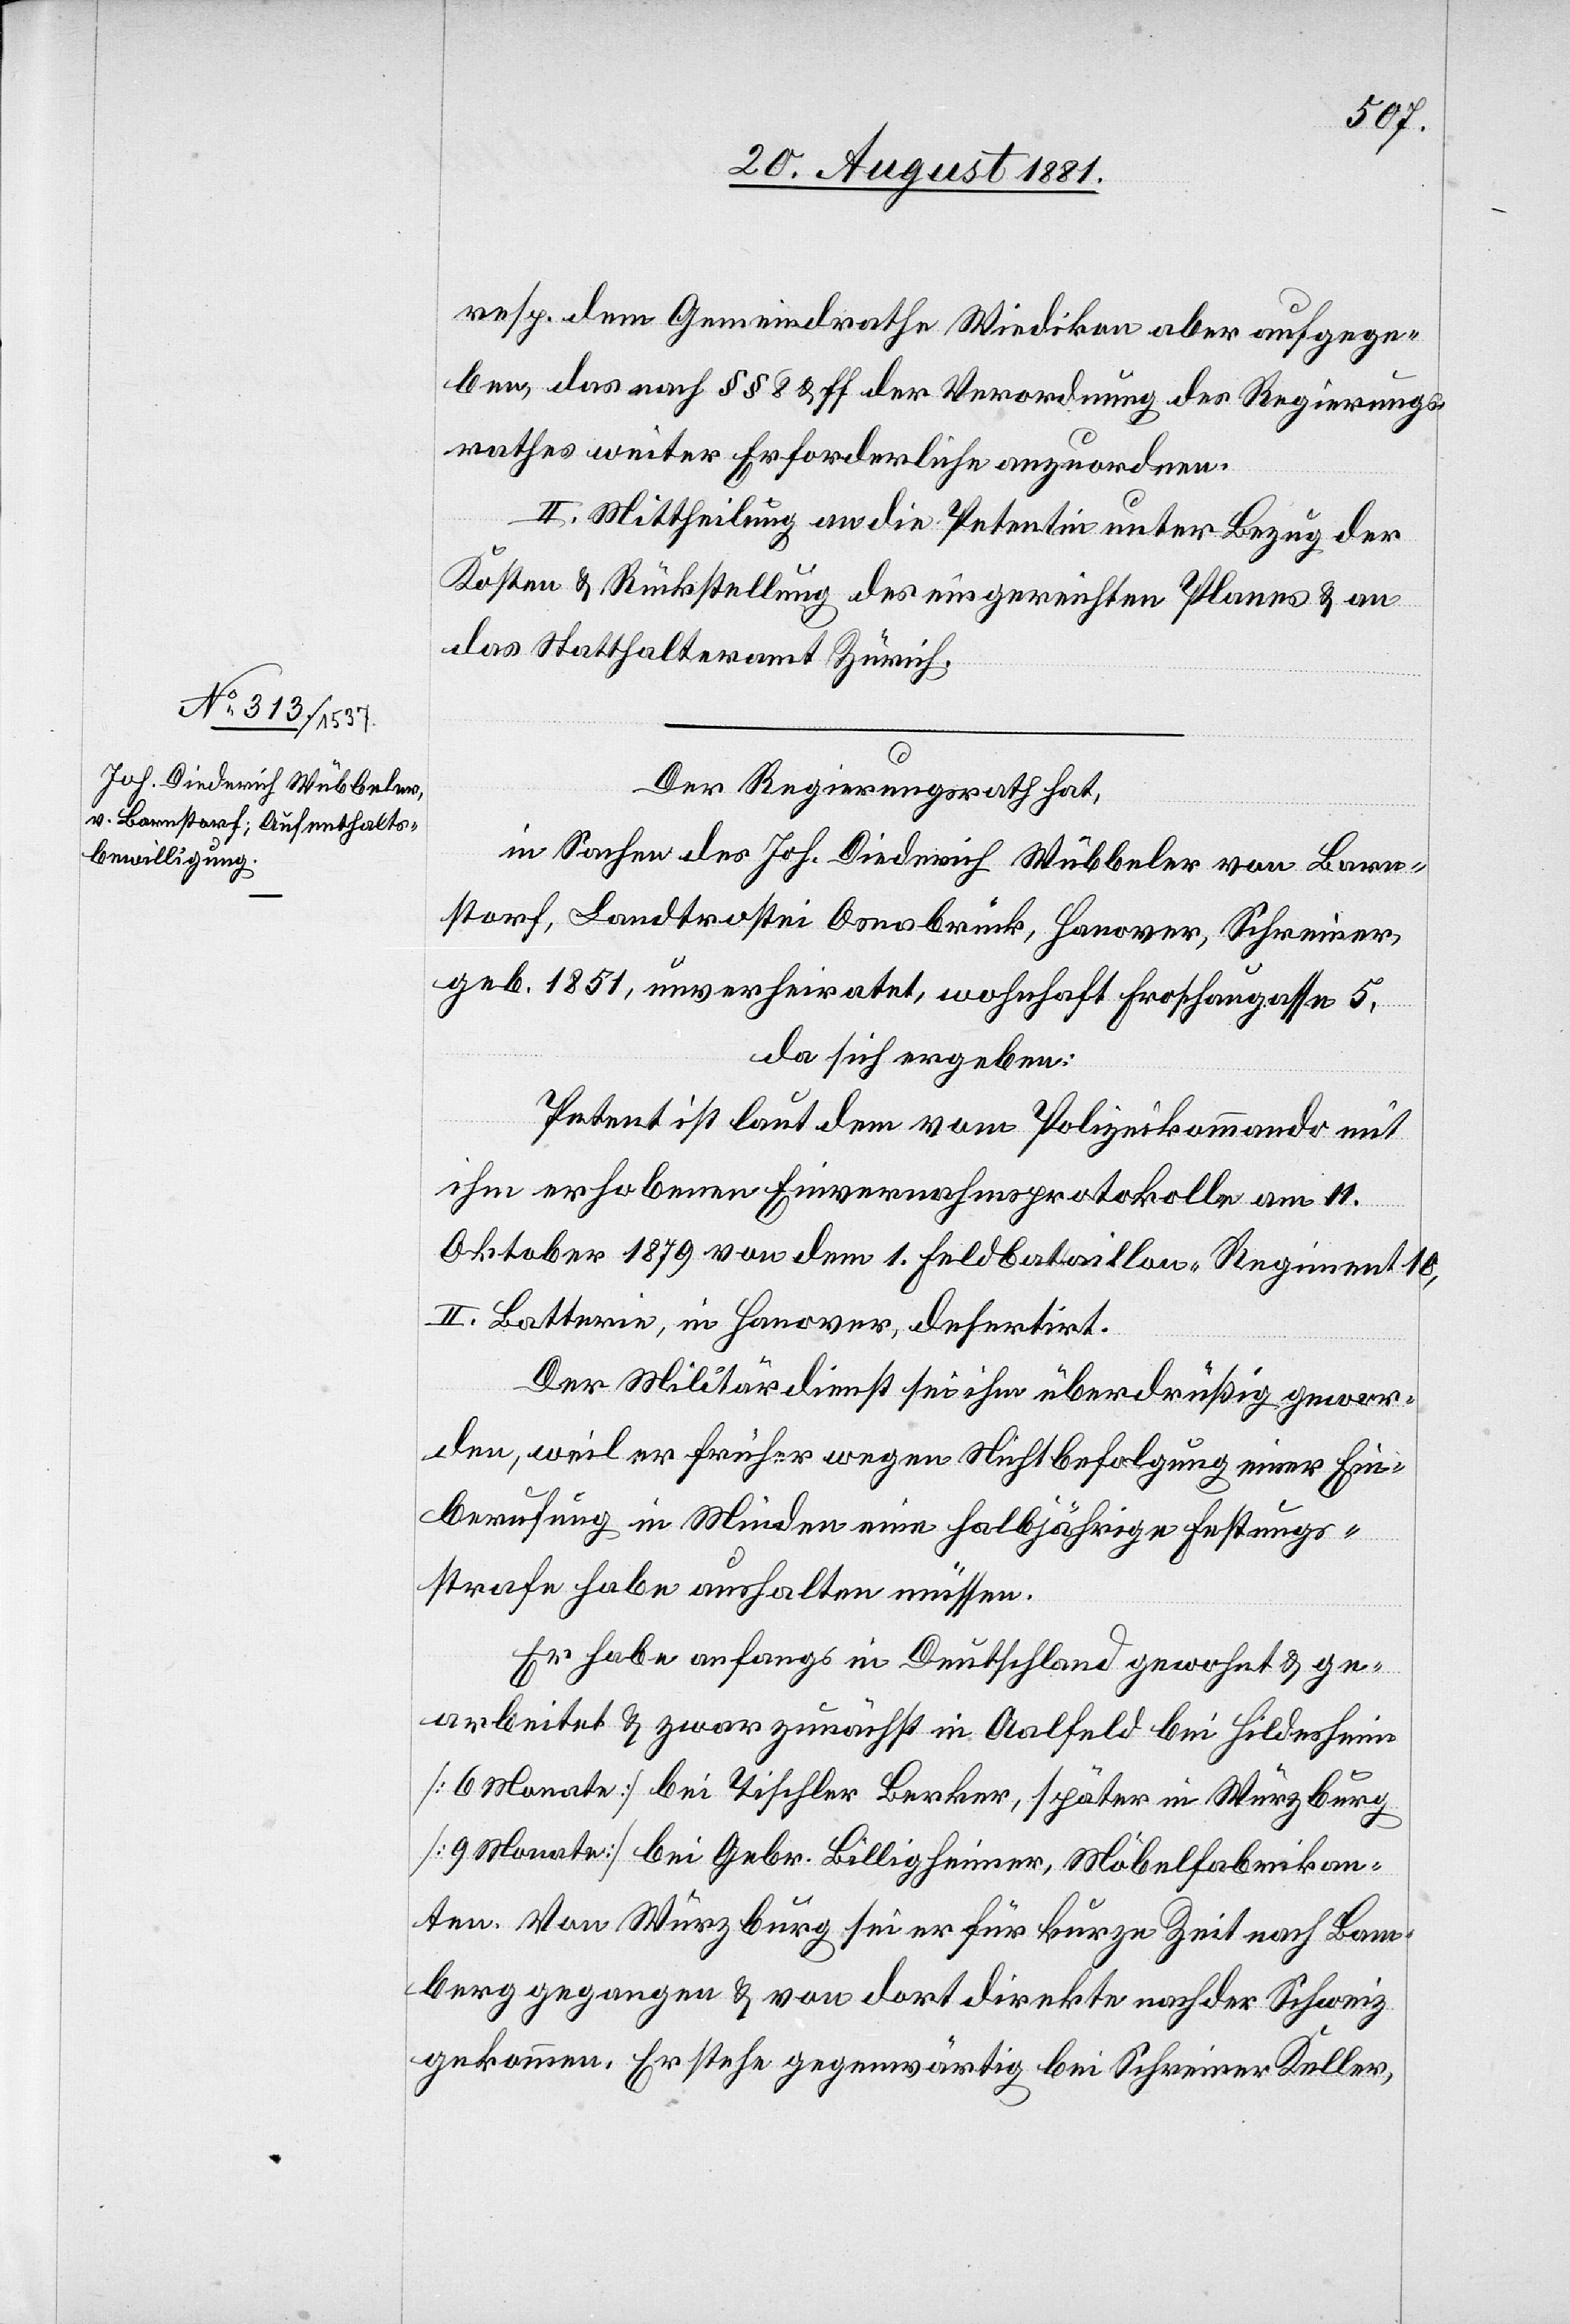
resp. dem Gemeindrath Wiedikon aber aufgege¬
ben, das nach §§ 8 & ff. der Verordnung des Regierungs¬
rathes weiter Erforderliche anzuordnen.
II. Mittheilung an die Petentin unter Bezug der
Kosten & Rückstellung des eingereichten Planes & an
das Statthalteramt Zürich.
Der Regierungsrath hat,
in Sachen des Joh. Diedrich Wübbeler von Barn¬
storf, Landtrostei Osnabrück, Hanover, Schreiner,
geb. 1851, unverheiratet, wohnhaft Froschaugasse 5,
da sich ergeben:
Petent ist laut dem von Polizeikommando mit
ihm erhobenen Einvernahmsprotokolls am 11.
Oktober 1879 von dem 1. Geldbataillon-Regiment 10,
II. Batterie, in Hanover, desertirt.
Der Militärdienst sei ihm überdrüßig gewor¬
den, weil er früher wegen Nichtbefolgung einer Ein¬
berufung in Minden eine halbjährige Festungs¬
strafe habe aushalten müssen.
Er habe anfangs in Deutschland gewohnt & ge¬
arbeitet & zwar zunächst in Aalfeld bei Hildesheim
[6 Monate] bei Tischler Berker, später in Würzburg
[9 Monate] bei Gebr. Billigheimer, Möbelfabrikan¬
ten. Von Würzburg sei er für längere Zeit nach Bam¬
berg gegangen & von dort direkte nach der Schweiz
gekommen. Er stehe gegenwärtig bei Schreiner Keller,